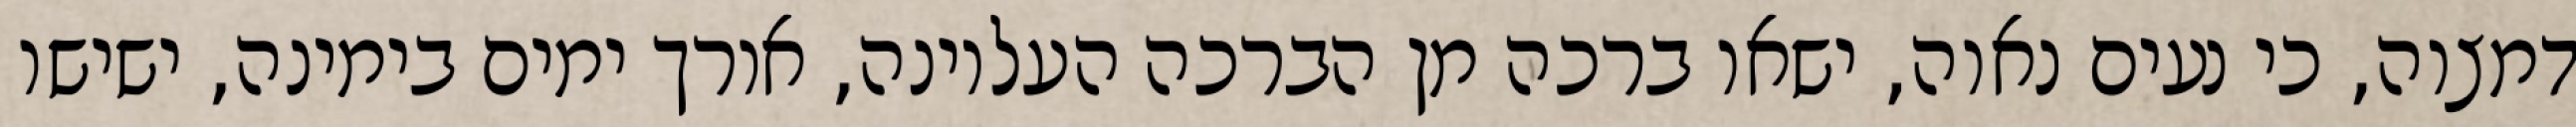
דמצוה, כי נעים נאוה, ישאו ברכה מן הברכה העליונה, אורך ימים בימינה, ישישו